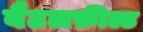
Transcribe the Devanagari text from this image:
बैटलफ़ील्ड